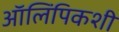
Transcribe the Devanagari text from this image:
ऑलिंपिकशी